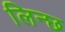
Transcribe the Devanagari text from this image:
लिन्छ